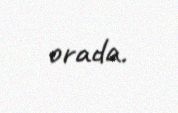
orada.